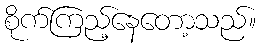
စိုက်ကြည့်နေတော့သည်။